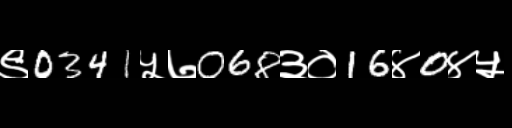
Text: ९0341५७068३०16४0४५